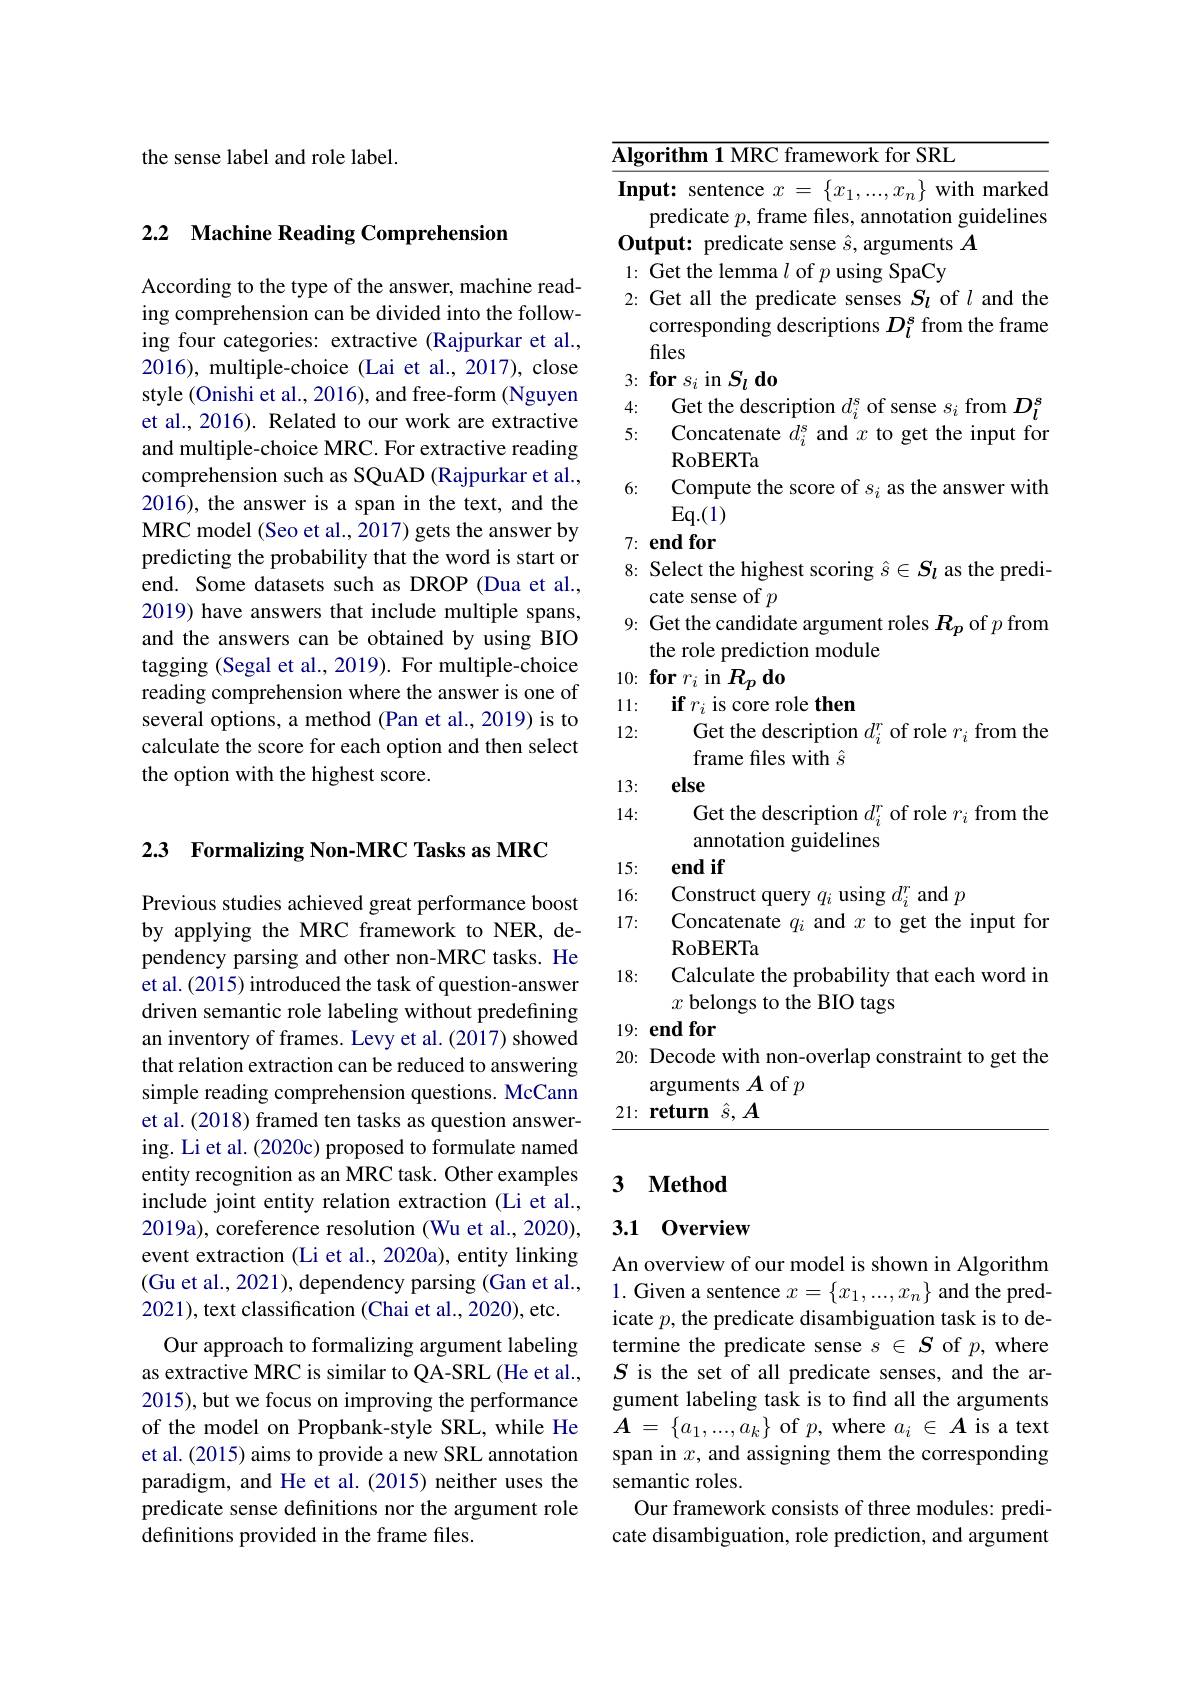
the sense label and role label.

## 2.2 Machine Reading Comprehension

According to the type of the answer, machine reading comprehension can be divided into the following four categories: extractive (Rajpurkar et al., 2016), multiple-choice (Lai et al., 2017), close style (Onishi et al., 2016), and free-form (Nguyen et al., 2016). Related to our work are extractive and multiple-choice MRC. For extractive reading comprehension such as SQuAD (Rajpurkar et al., 2016), the answer is a span in the text, and the MRC model (Seo et al., 2017) gets the answer by predicting the probability that the word is start or end. Some datasets such as DROP (Dua et al., 2019) have answers that include multiple spans, and the answers can be obtained by using BIO tagging (Segal et al., 2019). For multiple-choice reading comprehension where the answer is one of several options, a method (Pan et al., 2019) is to calculate the score for each option and then select the option with the highest score.

2.3 Formalizing Non-MRC Tasks as MRC

Previous studies achieved great performance boost by applying the MRC framework to NER, dependency parsing and other non-MRC tasks. He et al. (2015) introduced the task of question-answer driven semantic role labeling without predefining an inventory of frames. Levy et al.(2017) showed that relation extraction can be reduced to answering simple reading comprehension questions. McCann et al. (2018) framed ten tasks as question answering. Li et al. (2020c) proposed to formulate named entity recognition as an MRC task. Other examples include joint entity relation extraction (Li et al., 2019a), coreference resolution (Wu et al., 2020), event extraction (Li et al., 2020a), entity linking (Gu et al., 2021), dependency parsing (Gan et al., 2021), text classification (Chai et al., 2020), etc.
Our approach to formalizing argument labeling as extractive MRC is similar to QA-SRL (He et al., 2015), but we focus on improving the performance of the model on Propbank-style SRL, while He et al.(2015) aims to provide a new SRL annotation paradigm, and He et al.(2015) neither uses the predicate sense definitions nor the argument role definitions provided in the frame files.

$\overline{\textbf{Algorithm 1 MRC framework for SRL}}$
Input: sentence $x=\{x_1,...,x_n\}$ with marked
predicate $p$, frame files, annotation guidelines
Output: predicate sense $\hat{s}$, arguments $A$
1: Get the lemma $l$ of $p$ using SpaCy
2: Get all the predicate senses $S_l$ of $l$ and the
corresponding descriptions $D_l^s$ from the frame
files
$3: \textbf{ for }s_i$ in $S_l\textbf{ do}$
4: Get the description $d_i^\mathrm{s}$ of sense $s_i$ from $D_l^s$ 5: Concatenate $d_i^\mathrm{s}$ and $x$ to get the input for
RoBERTa
6: Compute the score of $s_i$ as the answer with
$Eq.(1)$ 7: end for 8: Select the highest scoring $\hat{s}\in S_l$ as the predi-
cate sense of $p$
9: Get the candidate argument roles $R_p$ of $p$ from
the role prediction module
$10: \textbf{for}r_i$ in $R_p$ do
11: if $r_i$ is core role then
12:
Get the description $d_i^r$ of role $r_i$ from the
frame files with $\hat{s}$
13: $\textbf{else}$
14:
Get the description $d_i^r$ of role $r_i$ from the
annotation guidelines
15: end if
16:
Construct query $q_i$ using $d_i^r$ and $p$
17: Concatenate $q_i$ and $x$ to get the input for
RoBERTa
18: Calculate the probability that each word in
$x$ belongs to the BIO tags
19: end for
20: Decode with non-overlap constraint to get the
arguments $A$ of $p$
21: return $\hat{s},\boldsymbol{A}$

### 3 $\textbf{Method}$

### 3.1 0verview

An overview of our model is shown in Algorithm 1. Given a sentence $x=\{x_1,...,x_n\}$ and the predicate $p$, the predicate disambiguation task is to determine the predicate sense $s\in S$ of $p$, where $S$ is the set of all predicate senses, and the argument labeling task is to find all the arguments $\boldsymbol{A}$ = $\{ a_{1}, . . . , a_{k}\}$ of $p$,where $a_i\in\boldsymbol{A}$ is a text span in $x$, and assigning them the corresponding semantic roles.
Our framework consists of three modules: predicate disambiguation, role prediction, and argument